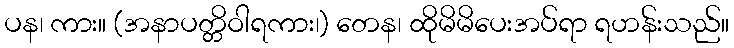
ပန၊ ကား။ (အနာပတ္တိဝါရကား၊) တေန၊ ထိုမိမိပေးအပ်ရာ ရဟန်းသည်။